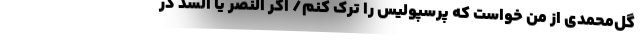
گل‌محمدی از من خواست که پرسپولیس را ترک کنم/ اگر النصر یا السد در